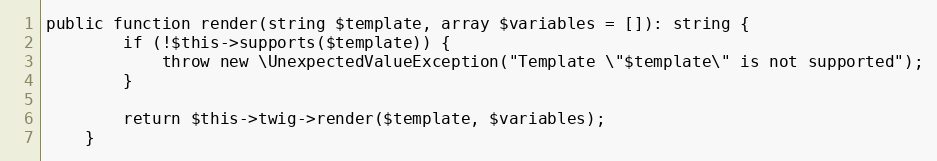
Language: PHP
public function render(string $template, array $variables = []): string {
        if (!$this->supports($template)) {
            throw new \UnexpectedValueException("Template \"$template\" is not supported");
        }

        return $this->twig->render($template, $variables);
    }